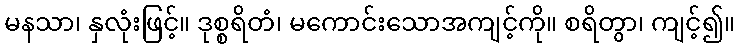
မနသာ၊ နှလုံးဖြင့်။ ဒုစ္စရိတံ၊ မကောင်းသောအကျင့်ကို။ စရိတွာ၊ ကျင့်၍။